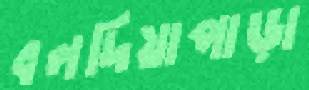
বলদিয়াপাড়া